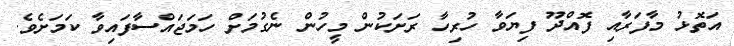
އަތޮޅު މާފަރާއި ފޮއްދޫ ފިޔަވާ ހުރިހާ ރަށަކުން މީހުން ނެގުމަށް ހަމަޖައްސާފައިވާ ކަމަށެވެ.